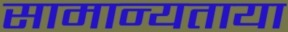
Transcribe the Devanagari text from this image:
सामान्यताया